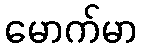
မောက်မာ